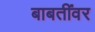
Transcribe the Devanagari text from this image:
बाबतींवर